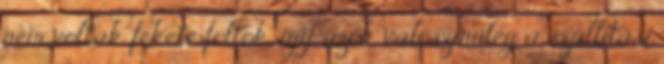
nem voltak fekete foltok, így azok valószínűleg a szállítási